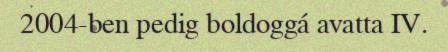
2004-ben pedig boldoggá avatta IV.